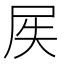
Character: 𱚵